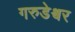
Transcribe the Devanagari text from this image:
गरुडेश्वर